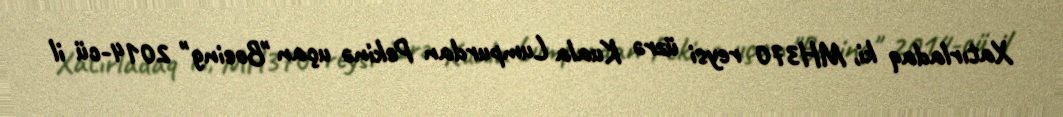
Xatırladaq ki, MH370 reysi üzrə Kuala Lumpurdan Pekinə uçan "Boeing" 2014-cü il